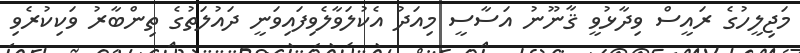
މަޖިލީހުގެ ރައީސް ވިދާޅުވީ ޤާނޫނު އަސާސީ މިއަދު އެކުލަވާލެވިފައިވަނީ ދައުލަތުގެ ތިންބާރު ވަކިކުރެވި